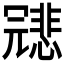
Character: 𠖤